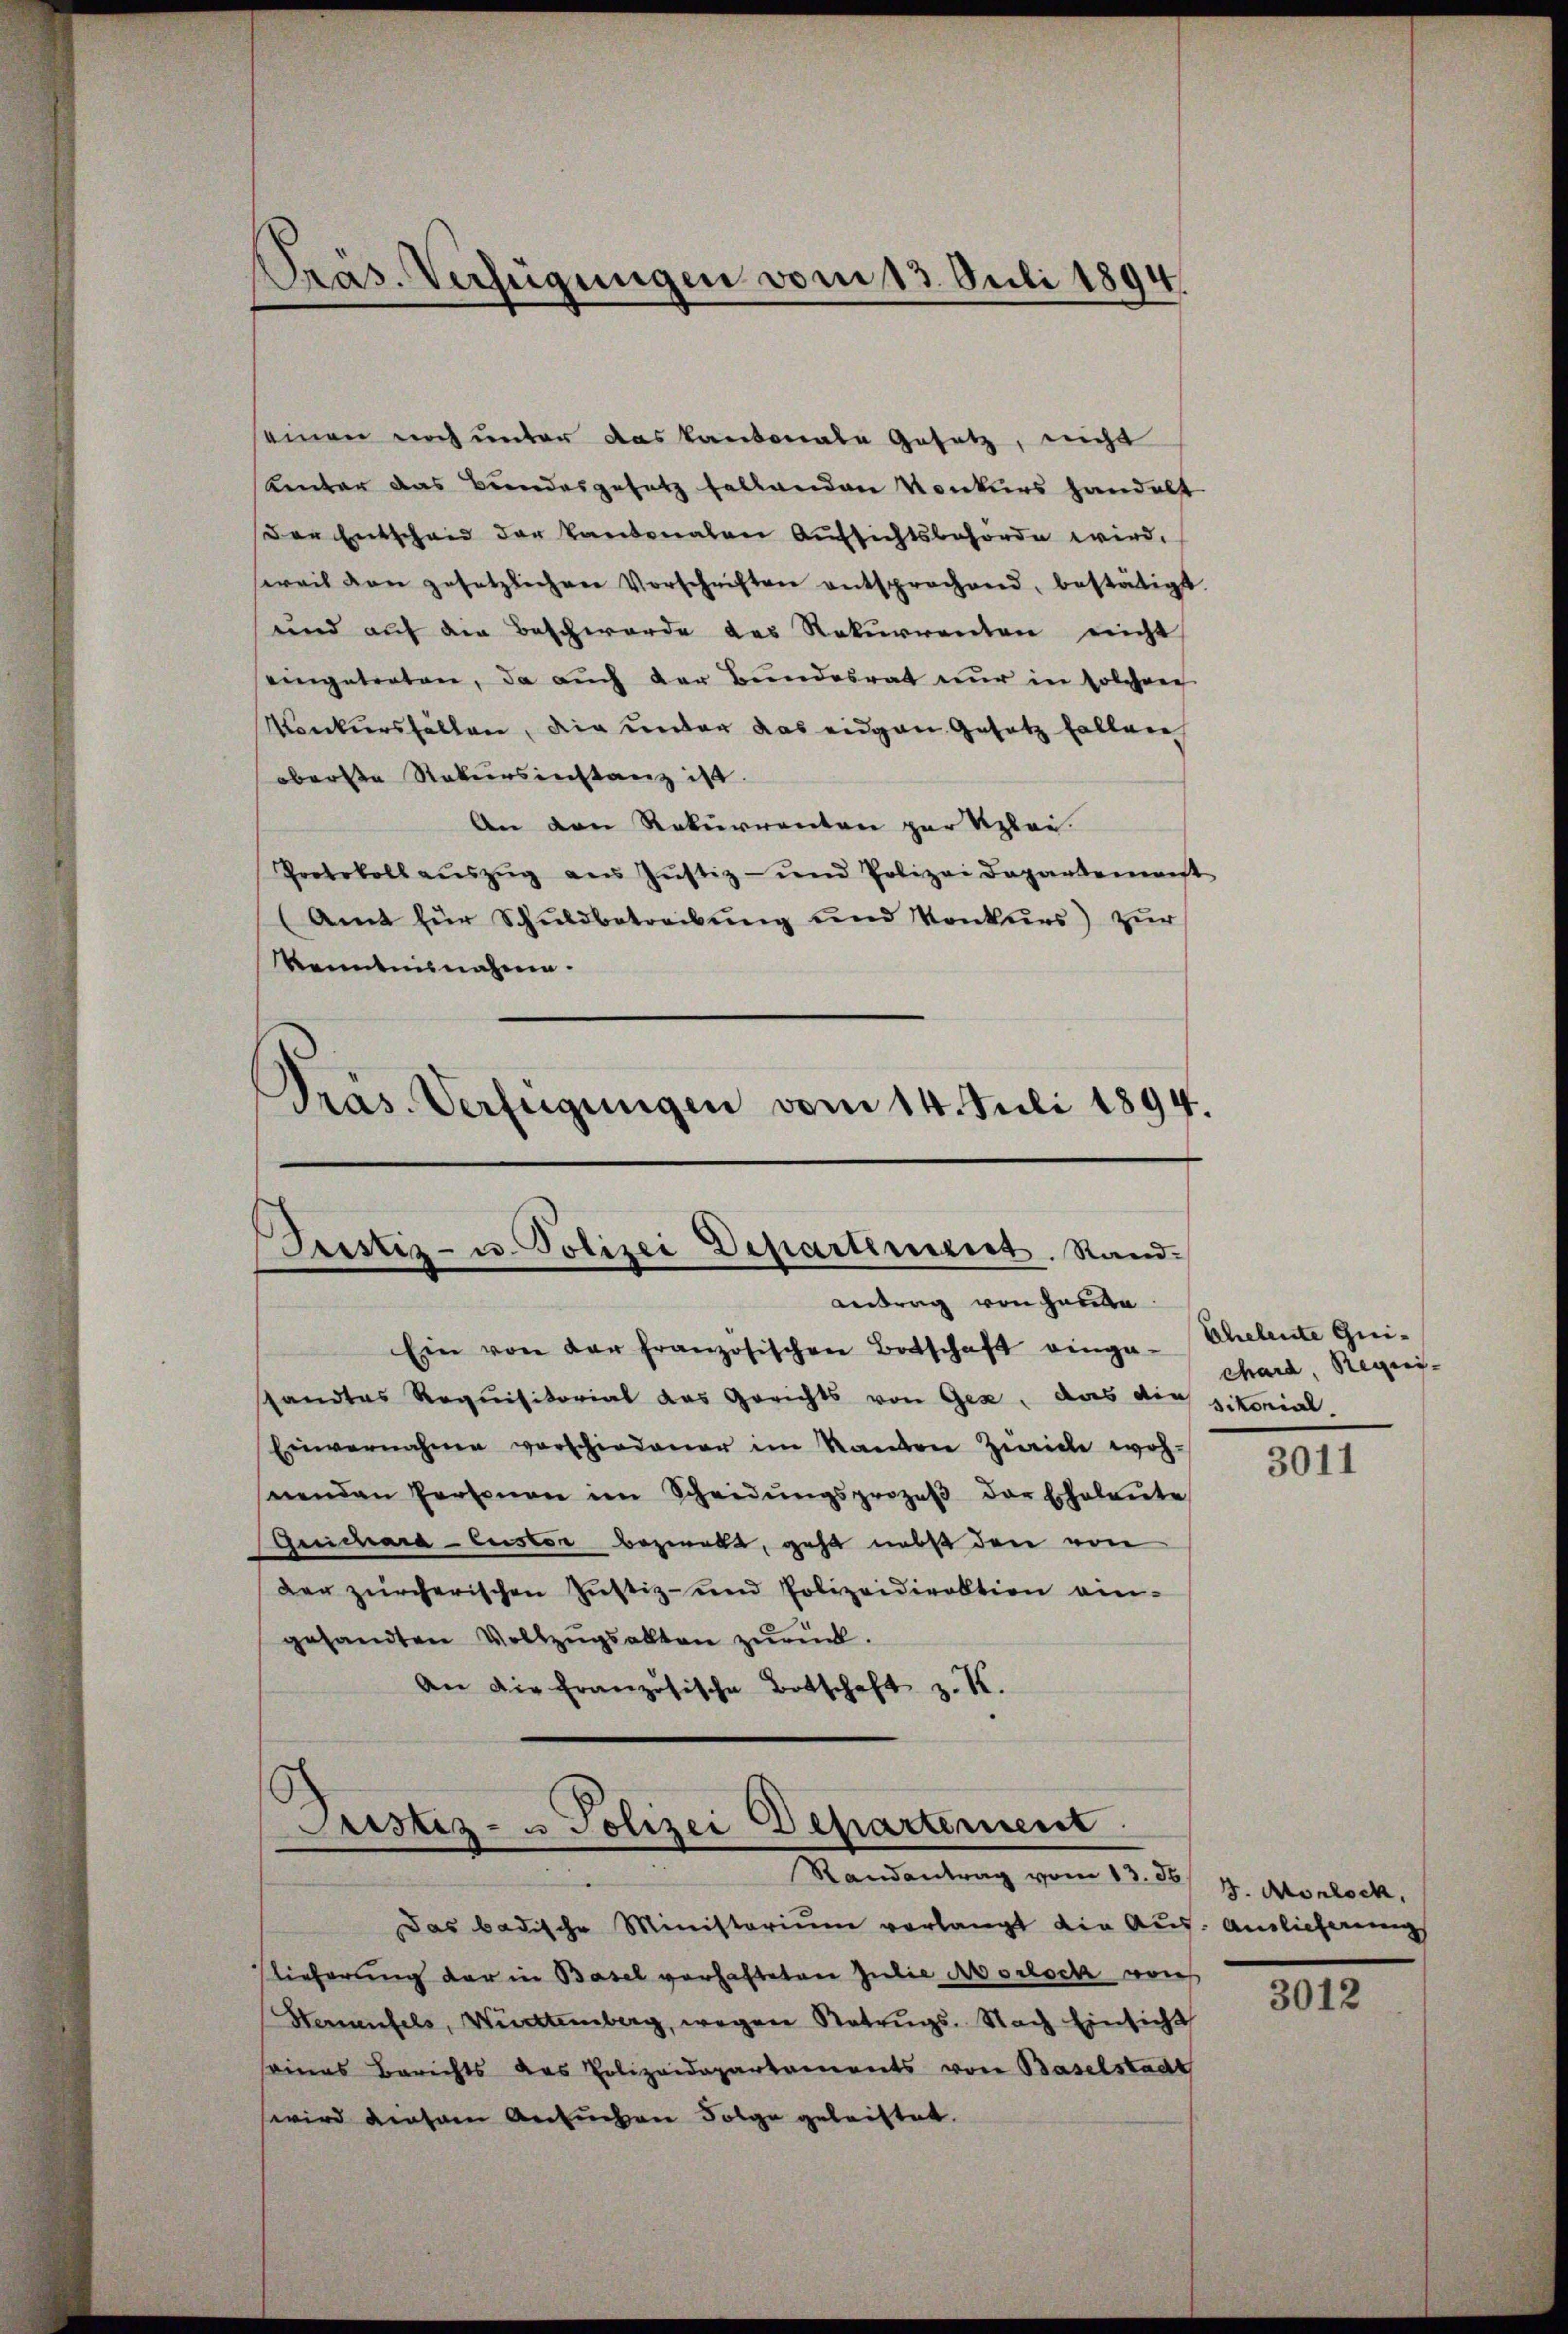
Präs. Verfügungen vom 13. Juli 1894.

seinen noch unter das kantonale Gesetz, nicht
Kentar das Bundesgesetz fallenden Konkurs handelt
Der Entscheid der kantonalen Aufsichtsbehörde wird.
serait von gesetzlichen Vorschriften entsprochend, bestätigt.
und auf die Beschwerde des Rekurrenten nicht
eingetreten, da auch der Bundesrat nur in solchen
Konkursfällen, die unter das eingen Gesetz fallen
oberste Rekursinstanz ist.
An den Rekurrenten zur Klei¬
Protokoll aŭszŭg aŭs Jŭstiz- und Polizei Departement
(Amt für Schuldbetreibung und Konkurs) zur
Kenntnisnahmen.
Präs. Verfügungen vom 14. Juli 1894.
Iristiz- u. Polizei Departement. Stand.
Antrag von habe
Ein von der französischen Botschaft einge- Eheleute Guistandtes Requisitorial das Gerichts von Gex, das die sitorial-
Einvernahme vorschiedener im Kanton Zürich woh-
nenden Personen im Scheidŭngsprozeβ der Erholente
Guichara - Custor bezweckt, geht nebst den von
Der zürcherischen Justiz- und Polizeidirektion ein-
gesandten Vollzŭgsalten zŭrück.
An die französische Botschaft z. K.

Justiz- u Polizei Departement
Randantrag vom 13. 86. 9. Morlock,

Das badische Ministerium verlangt die Aus- Auslieferung
lieferung der in Basel verhafteten Julie Morloch von
Sternenfels, Württemberg, wegen Ratrŭgs. Nach Einsicht
seines Berichts des Polizeidepartements von Baselstadt
wird diesem Ansuchen Folge geleistet.

chard, Regier-

3011

3012